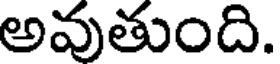
అవుతుంది.